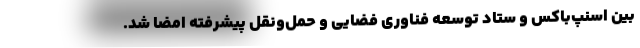
بین اسنپ‌باکس و ستاد توسعه فناوری فضایی و حمل‌و‌نقل پیشرفته امضا شد.